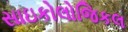
સાઇકોલોજિકલ